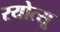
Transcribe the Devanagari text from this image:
रयोत्सू